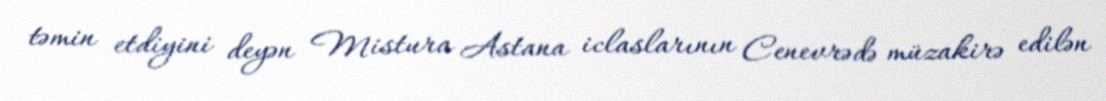
təmin etdiyini deyən Mistura Astana iclaslarının Cenevrədə müzakirə edilən